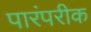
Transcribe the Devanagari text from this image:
पारंपरीक